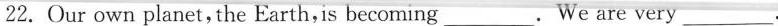
22. Our own planet, the Earth,is becoming___. We are very___.